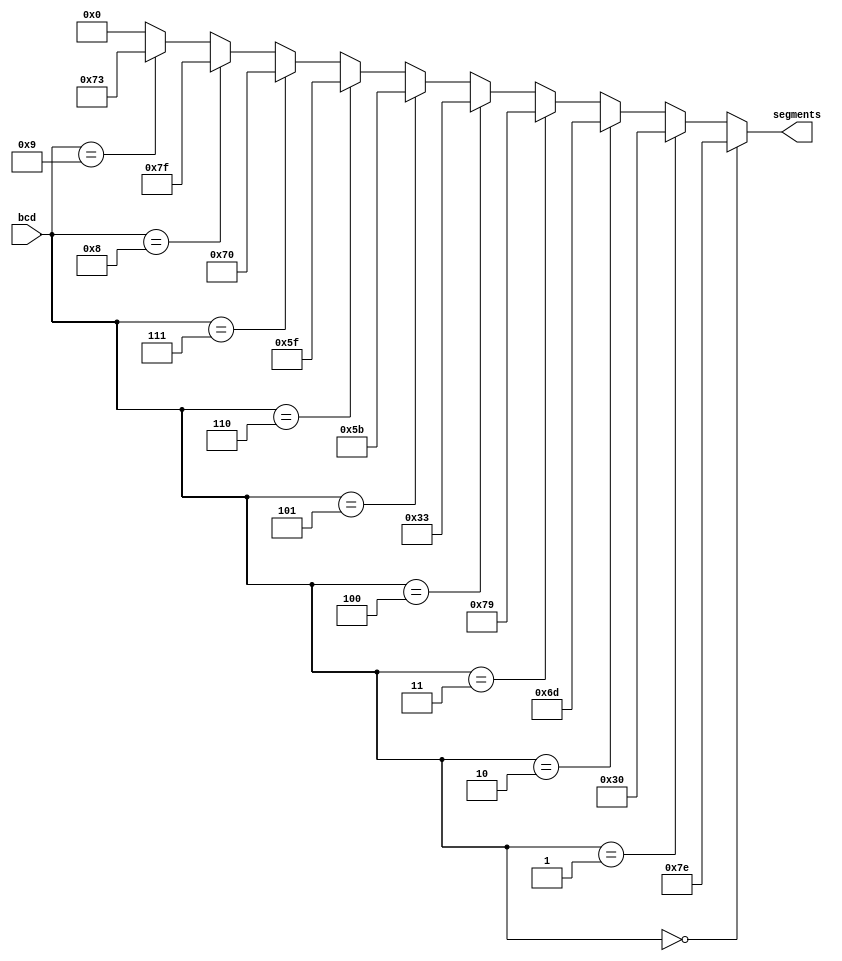
module seven_seg(
	input wire[3:0] bcd,
	output wire[6:0] segments
);

assign segments =
	//              ABCDEFG
	(bcd == 0) ? 7'b1111110 :
	(bcd == 1) ? 7'b0110000 :
	(bcd == 2) ? 7'b1101101 :
	(bcd == 3) ? 7'b1111001 :
	(bcd == 4) ? 7'b0110011 :
	(bcd == 5) ? 7'b1011011 :
	(bcd == 6) ? 7'b1011111 :
	(bcd == 7) ? 7'b1110000 :
	(bcd == 8) ? 7'b1111111 :
	(bcd == 9) ? 7'b1110011 :
	7'b0000000;

endmodule